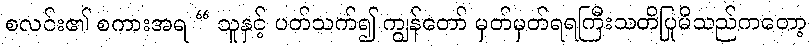
စလင်း၏ စကားအရ “ သူနှင့် ပတ်သက်၍ ကျွန်တော် မှတ်မှတ်ရရကြီးသတိပြုမိသည်ကတော့